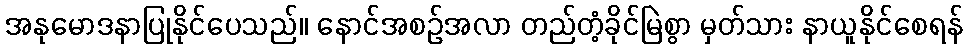
အနုမောဒနာပြုနိုင်ပေသည်။ နောင်အစဉ်အလာ တည်တံ့ခိုင်မြဲစွာ မှတ်သား နာယူနိုင်စေရန်